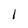
Character: I